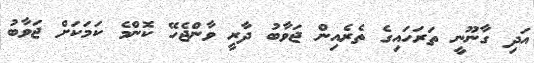
އަދި ގާނޫނީ ތަރަހައިގެ ތެރެއިން ޖަވާބު ދާރީ ވާންޖެހޭ ކޮންމެ ކަމަކަށް ޖަވާބު